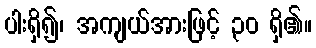
ပါးရှိ၍၊ အကျယ်အားဖြင့် ၃၀ ရှိ၏။